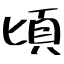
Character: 頃